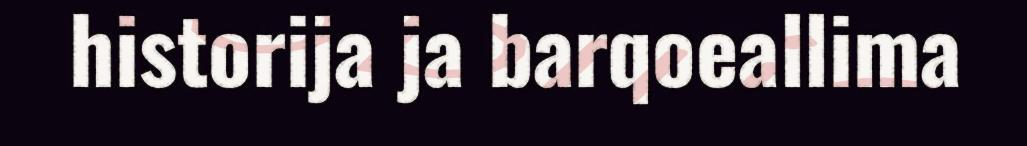
historija ja barqoeallima